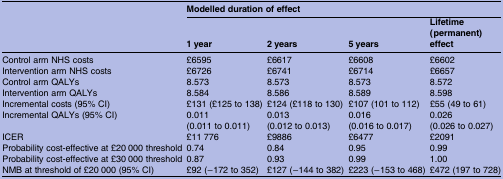
|  | <COLSPAN=4> Modelled duration of effect |
 |  | 1 year | 2 years | 5 years | Lifetime (permanent) effect |
 | --- | --- | --- | --- | --- |
 | Control arm NHS costs | £6595 | £6617 | £6608 | £6602 |
 | Intervention arm NHS costs | £6726 | £6741 | £6714 | £6657 |
 | Control arm QALYs | 8.573 | 8.573 | 8.573 | 8.572 |
 | Intervention arm QALYs | 8.584 | 8.586 | 8.589 | 8.598 |
 | Incremental costs (95% CI) | £131 (£125 to 138) | £124 (£118 to 130) | £107 (101 to 112) | £55 (49 to 61) |
 | Incremental QALYs (95% CI) | 0.011 (0.011 to 0.011) | 0.013 (0.012 to 0.013) | 0.016 (0.016 to 0.017) | 0.026 (0.026 to 0.027) |
 | ICER | £11 776 | £9886 | £6477 | £2091 |
 | Probability cost-effective at £20 000 threshold | 0.74 | 0.84 | 0.95 | 0.99 |
 | Probability cost-effective at £30 000 threshold | 0.87 | 0.93 | 0.99 | 1.00 |
 | NMB at threshold of £20 000 (95% CI) | £92 (−172 to 352) | £127 (−144 to 382) | £223 (−153 to 468) | £472 (197 to 728) |